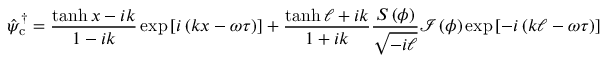
\hat { \psi } _ { \mathrm { c } } ^ { \dagger } = \frac { \operatorname { t a n h } x - i k } { 1 - i k } \exp { [ i \left( k x - \omega \tau \right) ] } + \frac { \operatorname { t a n h } \ell + i k } { 1 + i k } \frac { S \left( \phi \right) } { \sqrt { - i \ell } } \mathcal { I } \left( \phi \right) \exp { [ - i \left( k \ell - \omega \tau \right) ] }